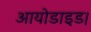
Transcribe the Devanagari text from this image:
आयोडाइड।